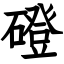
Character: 磴